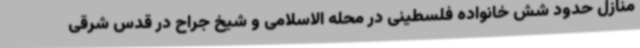
منازل حدود شش خانواده فلسطینی در محله الاسلامی و شیخ جراح در قدس شرقی